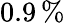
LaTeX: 0.9\, \%